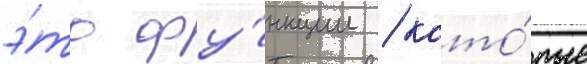
э́то фу́нкции / кото́рые